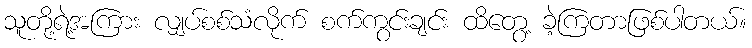
သူတို့ရဲ့အကြား လျှပ်စစ်သံလိုက် စက်ကွင်းချင်း ထိတွေ့ ခဲ့ကြတာဖြစ်ပါတယ်။